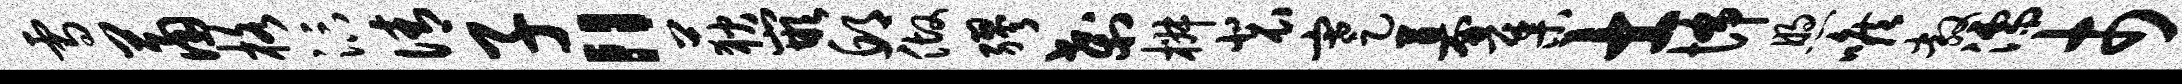
雪萧格汴倩子“荻嵌邱做缪刹椒裴蹇募集士怖煦喉敞濡市